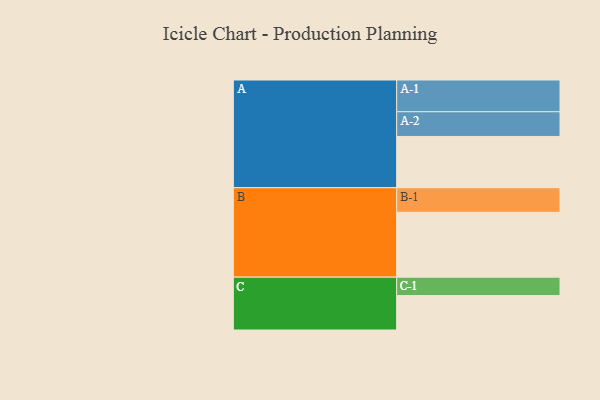
{"axis": {"x": "Segment", "y": "Value"}, "legend": ["", "A", "B", "C"], "data": [{"x": "A", "y": 452, "type": ""}, {"x": "B", "y": 572, "type": ""}, {"x": "C", "y": 304, "type": ""}, {"x": "A-1", "y": 280, "type": "A"}, {"x": "A-2", "y": 218, "type": "A"}, {"x": "B-1", "y": 217, "type": "B"}, {"x": "C-1", "y": 162, "type": "C"}]}